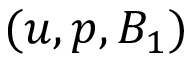
( u , p , B _ { 1 } )